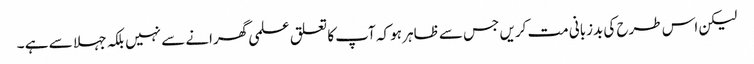
لیکن اس طرح کی بدزبانی مت کریں جس سے ظاہر ہو کہ آپ کا تعلق علمی گھرانے سے نہیں بلکہ جہلا سے ہے ۔